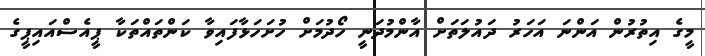
މީގެ އިތުރުން އަންނަ އަހަރު ދައުލަތަށް އާންމުދަނީ ހޯދުމަށް ހުށަހަޅާފައިވާ ކަންތައްތަކާ ޕީއެސްއައިޕީގެ